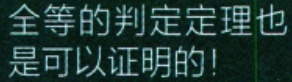
全等的判定定理也是可以证明的!